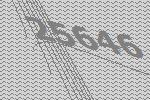
25646